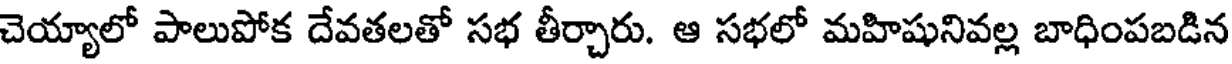
చెయ్యాలో పాలుపోక దేవతలతో సభ తీర్చారు. ఆ సభలో మహిషునివల్ల బాధింపబడిన